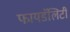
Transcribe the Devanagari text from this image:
फायडॅलिटी